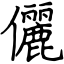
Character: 儷